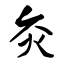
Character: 灸